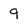
Character: 9